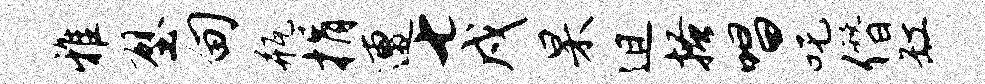
雅壁甸瓶捐遭七戍杲迫搔唱吒僭缸